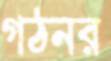
গঠনর